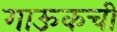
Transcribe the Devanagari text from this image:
गाऊकची